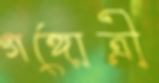
গঙ্গোত্রী